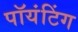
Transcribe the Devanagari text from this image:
पॉयंटिंग